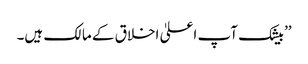
’’بیشک آپ اعلیٰ اخلاق کے مالک ہیں۔